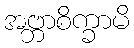
အဗ္ဘာစိက္ခာမိ